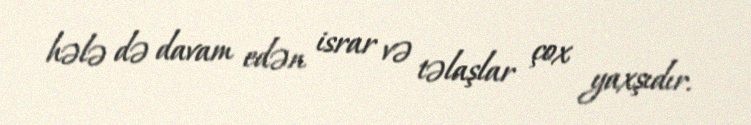
hələ də davam edən israr və təlaşlar çox yaxşıdır.